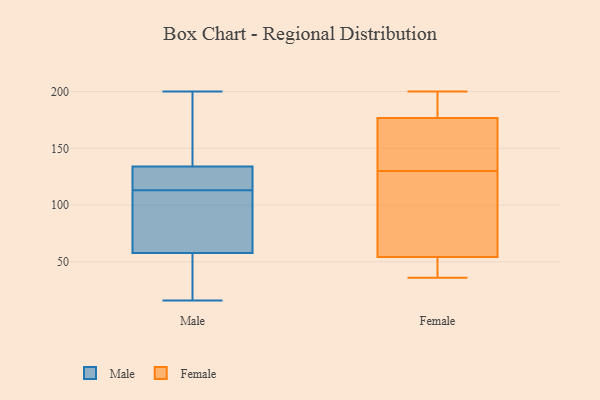
{"axis": {"x": "Energy Usage (MWh)", "y": "Value"}, "legend": ["Female", "Male"], "data": [{"x": "", "y": 113, "type": "Male"}, {"x": "", "y": 16, "type": "Male"}, {"x": "", "y": 109, "type": "Male"}, {"x": "", "y": 146, "type": "Male"}, {"x": "", "y": 34, "type": "Male"}, {"x": "", "y": 125, "type": "Male"}, {"x": "", "y": 61, "type": "Male"}, {"x": "", "y": 161, "type": "Male"}, {"x": "", "y": 122, "type": "Male"}, {"x": "", "y": 48, "type": "Male"}, {"x": "", "y": 111, "type": "Male"}, {"x": "", "y": 130, "type": "Male"}, {"x": "", "y": 200, "type": "Male"}, {"x": "", "y": 37, "type": "Female"}, {"x": "", "y": 134, "type": "Female"}, {"x": "", "y": 186, "type": "Female"}, {"x": "", "y": 51, "type": "Female"}, {"x": "", "y": 36, "type": "Female"}, {"x": "", "y": 178, "type": "Female"}, {"x": "", "y": 67, "type": "Female"}, {"x": "", "y": 162, "type": "Female"}, {"x": "", "y": 173, "type": "Female"}, {"x": "", "y": 200, "type": "Female"}, {"x": "", "y": 82, "type": "Female"}, {"x": "", "y": 197, "type": "Female"}, {"x": "", "y": 130, "type": "Female"}, {"x": "", "y": 64, "type": "Female"}, {"x": "", "y": 40, "type": "Female"}]}